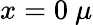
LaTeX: x=0~\mu